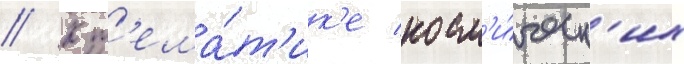
// К т'ема́т'ик'е косм'и́ческ'их